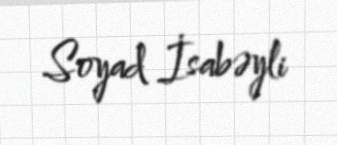
Soyad İsabəyli